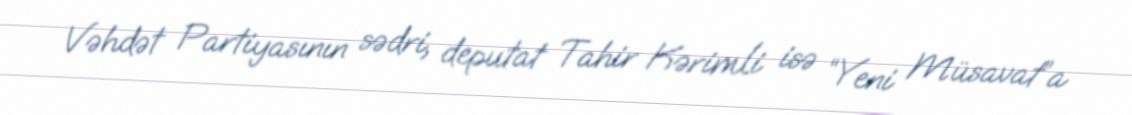
Vəhdət Partiyasının sədri, deputat Tahir Kərimli isə “Yeni Müsavat”a